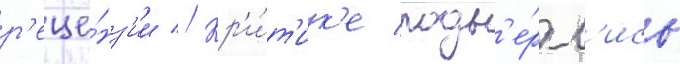
р'еце́нз'ии // Кр'и́т'ик'е подв'е́ргл'ись